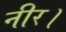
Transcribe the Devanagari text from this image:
नीर।